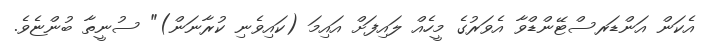
އެކަން އަންޑަރސްޓޭންޑްވާ އެވަރުގެ މީހެއް ލައިފަށް އައިމަ (ކައިވެނި ކުރާނަން)" ސުނީތާ ބުންޏެވެ.